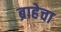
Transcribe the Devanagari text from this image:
ब्राहेचा